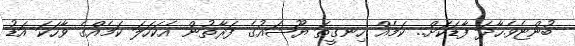
ބުންޏެވެ.ހާދަ ފާޑަކަށް.. ކަމެއް ހިނގީތަ ޔޫޝައުގެ ފަރާތުން އެކަހަލަ ކަމެއްގެ ވާހަކަ އަޑު